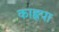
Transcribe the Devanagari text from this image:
काह्नपा